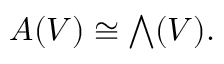
A ( V ) \cong { \textstyle \bigwedge } ( V ) .